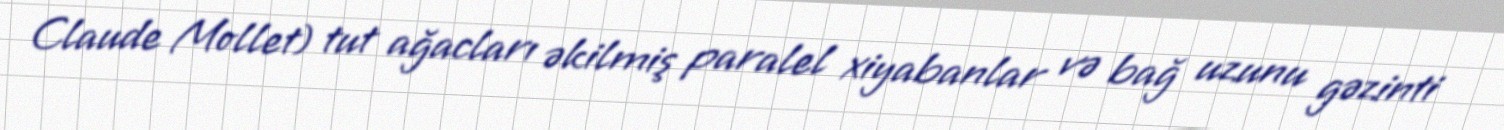
Claude Mollet) tut ağacları əkilmiş paralel xiyabanlar və bağ uzunu gəzinti